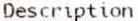
DESCRIPTION